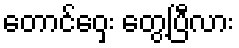
တောင်ဝှေး တွေ့ပြီလား